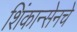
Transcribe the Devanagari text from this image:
शिंकान्सेनचे